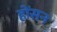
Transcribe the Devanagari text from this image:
होंसन